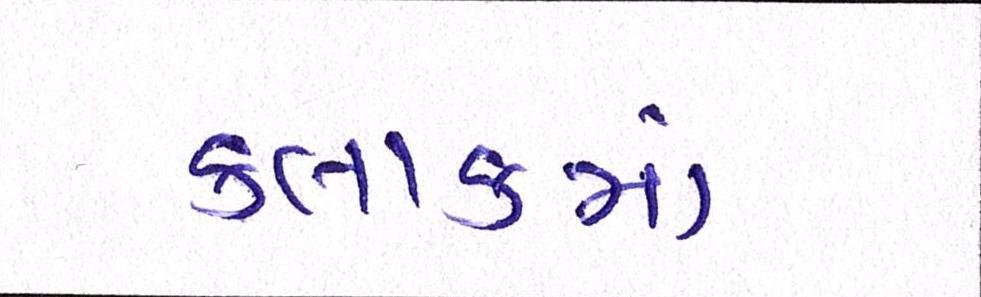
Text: કલાકમાં